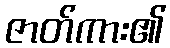
ဇာတ်ကား၏